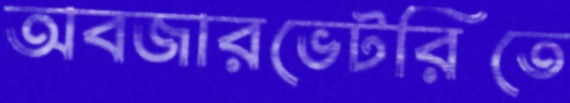
অবজারভেটরিতে